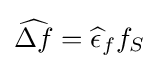
{\widehat {\Delta f}}={\widehat {\epsilon }}_{f}f_{S}